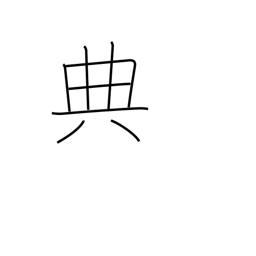
Meaning: code